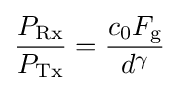
{\frac {P_{\text{Rx}}}{P_{\text{Tx}}}}={\frac {c_{0}F_{\text{g}}}{d^{\gamma }}}